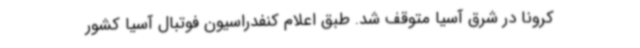
کرونا در شرق آسیا متوقف شد. طبق اعلام کنفدراسیون فوتبال آسیا کشور